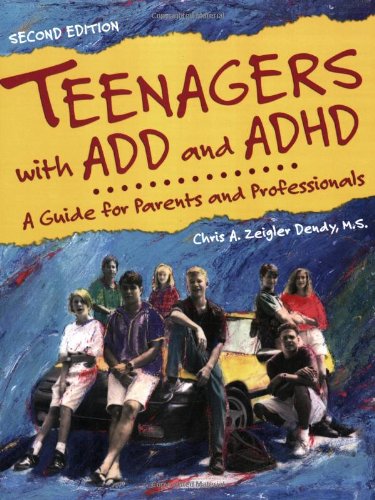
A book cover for Teenagers with ADD and ADHD: A Guide for Parents and Professionals; Chris A. Zeigler Dendy; Parenting & Relationships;